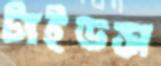
টাইডস